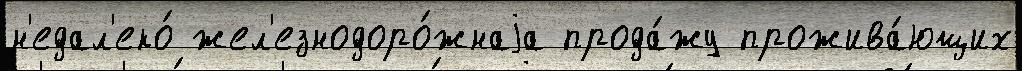
н'едал'еко́ жел'езнодоро́жнаjа прода́жу прожива́ющих